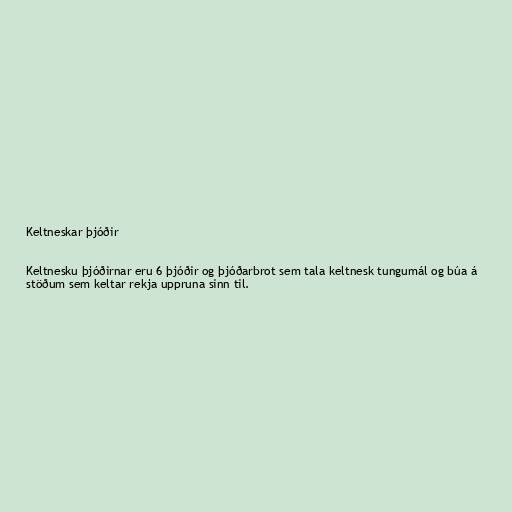
Keltneskar þjóðir

Keltnesku þjóðirnar eru 6 þjóðir og þjóðarbrot sem tala keltnesk tungumál og búa á
stöðum sem keltar rekja uppruna sinn til.